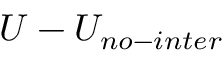
U - U _ { n o - i n t e r }